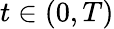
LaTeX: t\in(0,T)